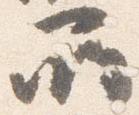
所